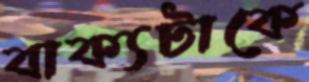
বাক্যটাকে